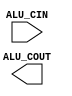
module ALUcontrol(ALU_CIN, ALU_COUT);

input [3:0] ALU_CIN;

wire fun3;
wire fun7;
output ALU_COUT;

assign fun3 = ALU_CIN[2:0];
assign fun7 = ALU_CIN[3];

always @(*) begin
    case(fun3)
    3'b000: $display("ADD");


    endcase

    
end

endmodule